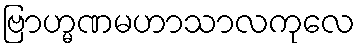
ဗြာဟ္မဏမဟာသာလကုလေ